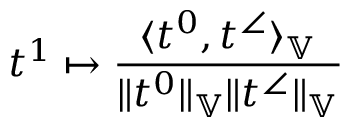
t ^ { 1 } \mapsto \frac { \langle t ^ { 0 } , t ^ { \angle } \rangle _ { \mathbb { V } } } { \| t ^ { 0 } \| _ { \mathbb { V } } \| t ^ { \angle } \| _ { \mathbb { V } } }